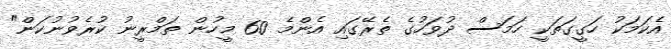
އެކަމަކު ހަގީގަތަކީ ހަމަސް ދުވަހުގެ ތެރޭގައި އެންމެ 60 މީހުން ތަމްރީނު ކުރެވުނުކަން"